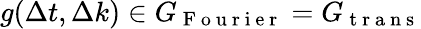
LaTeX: g(\Delta t,\Delta k)\in G_{\mathrm{~F~o~u~r~i~e~r~}}=G_{\mathrm{~t~r~a~n~s~}}